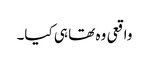
واقعی وہ تھا ہی کیا۔